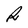
Character: R